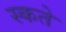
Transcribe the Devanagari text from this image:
स्कते